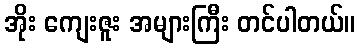
အိုး ကျေးဇူး အများကြီး တင်ပါတယ်။